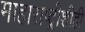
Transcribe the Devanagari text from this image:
माहाराष्ट्रीशीही